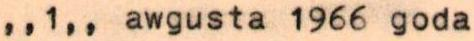
,,1,, awgusta 1966 goda